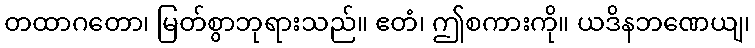
တထာဂတော၊ မြတ်စွာဘုရားသည်။ ဧတံ၊ ဤစကားကို။ ယဒိနဘဏေယျ၊